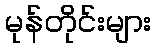
မုန်တိုင်းများ